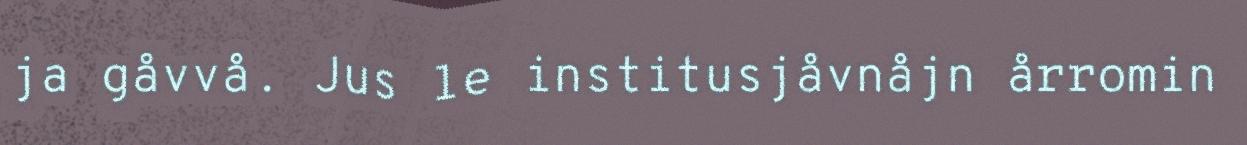
ja gåvvå. Jus le institusjåvnåjn årromin